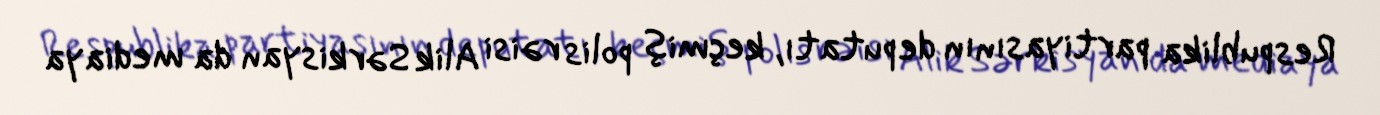
Respublika partiyasının deputatı, keçmiş polis rəisi Alik Sərkisyan da mediaya